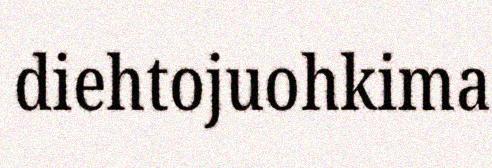
diehtojuohkima